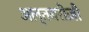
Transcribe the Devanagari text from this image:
अल्तबरीज़ी